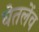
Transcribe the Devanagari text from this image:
घेतलेंव